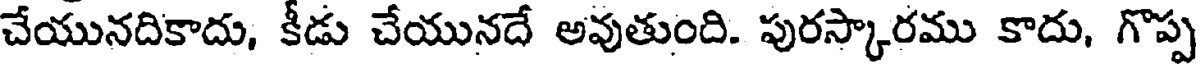
చేయునదికాదు, కీడు చేయునదే అవుతుంది. పురస్కారము కాదు, గొప్ప